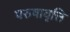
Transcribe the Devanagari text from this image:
परुषावृत्ति